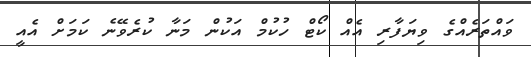
ވައްތަރެއްގެ ވިޔަފާރި އެއް ކޯޓް ހުކުމް އަކުން މަނާ ކުރެވޭނެ ކަމަށް އެއީ